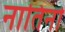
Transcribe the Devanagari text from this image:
नातिनो